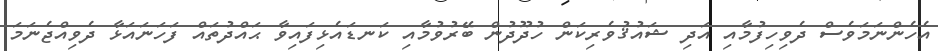
އެހެންނަމަވެސް ދެވިހިފުމާއި އަދި ޝައުޤުވެރިކަން ހުދޫދުން ބޭރުވުމާއި ކަނޑައެޅިފައިވާ ޙައްދުތައް ފަހަނައަޅާ ދެވިއްޖެނަމަ